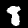
Label: 8